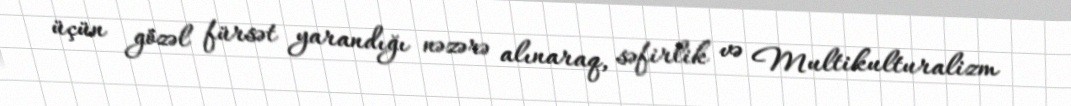
üçün gözəl fürsət yarandığı nəzərə alınaraq, səfirlik və Multikulturalizm